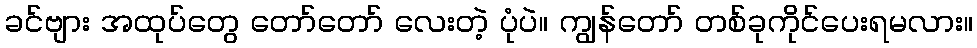
ခင်ဗျား အထုပ်တွေ တော်တော် လေးတဲ့ ပုံပဲ။ ကျွန်တော် တစ်ခုကိုင်ပေးရမလား။